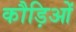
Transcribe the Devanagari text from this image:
कौड़िओं